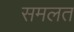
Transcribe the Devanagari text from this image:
समलत